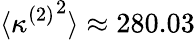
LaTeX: \langle{\kappa^{(2)}}^{2}\rangle\approx 280.03